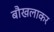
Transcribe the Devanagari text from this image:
बौखलाकर